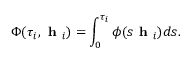
\Phi ( \tau _ { i } , \textbf { h } _ { i } ) = \int _ { 0 } ^ { \tau _ { i } } \phi ( s \textbf { h } _ { i } ) d s .